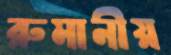
রুমানীয়